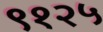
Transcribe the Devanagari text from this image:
९१२५